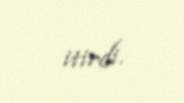
itirdi.